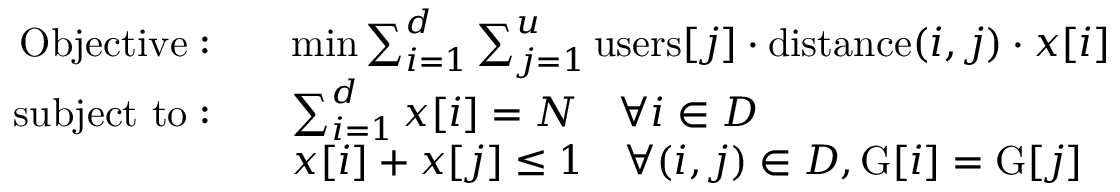
\begin{array} { r l } { \mathrm { O b j e c t i v e : } \quad } & { \operatorname* { m i n } \sum _ { i = 1 } ^ { d } \sum _ { j = 1 } ^ { u } \mathrm { u s e r s } [ j ] \cdot \mathrm { d i s t a n c e } ( i , j ) \cdot x [ i ] } \\ { \mathrm { s u b j e c t ~ t o : } \quad } & { \sum _ { i = 1 } ^ { d } x [ i ] = N \quad \forall i \in D } \\ & { x [ i ] + x [ j ] \leq 1 \quad \forall ( i , j ) \in D , \mathrm { G } [ i ] = \mathrm { G } [ j ] } \end{array}